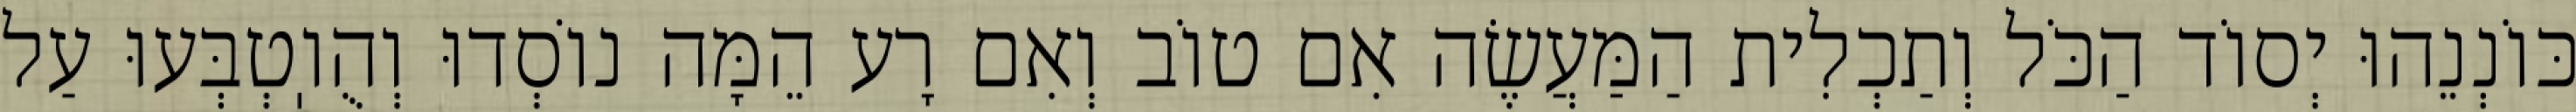
כּוֹנְנֵהוּ יְסוֹד הַכֹּל וְתַכְלִית הַמַּעֲשֶׂה אִם טוֹב וְאִם רָע הֵמָּה נוֹסְדוּ וְהֻוֽטְבְּעוּ עַל